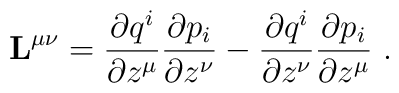
{\bf L}^{\mu\nu} = \frac{\partial q^i}{\partial z^\mu}\frac{\partial p_i}{\partial  z^\nu } - \frac{\partial q^i}{\partial z^\nu}\frac{\partial p_i}{\partial z^\mu} \ .